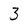
Character: 3